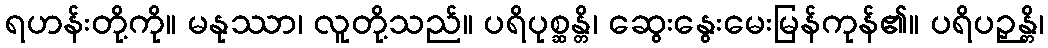
ရဟန်းတို့ကို။ မနုဿာ၊ လူတို့သည်။ ပရိပုစ္ဆန္တိ၊ ဆွေးနွေးမေးမြန်ကုန်၏။ ပရိပဉှန္တိ၊